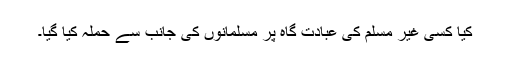
کیا کسی غیر مسلم کی عبادت گاہ پر مسلمانوں کی جانب سے حملہ کیا گیا۔